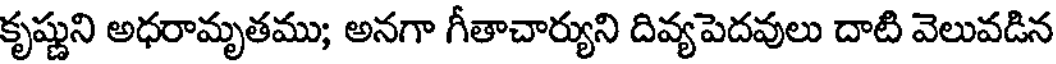
కృష్ణుని అధరామృతము; అనగా గీతాచార్యుని దివ్యపెదవులు దాటి వెలువడిన